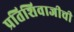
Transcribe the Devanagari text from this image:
प्रतिशिवाजीची